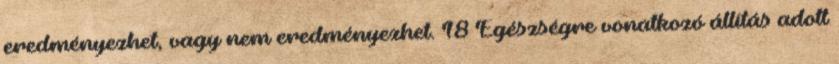
eredményezhet, vagy nem eredményezhet. 18 Egészségre vonatkozó állítás adott